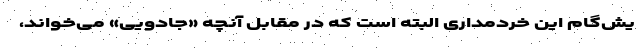
یش‌گام این خردمداری البته است که در مقابل آنچه «جادویی» می‌خواند،